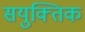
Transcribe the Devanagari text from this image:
सयुक्‍तिक